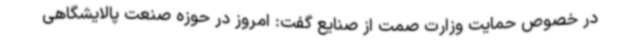
در خصوص حمایت وزارت صمت از صنایع گفت: امروز در حوزه صنعت پالایشگاهی